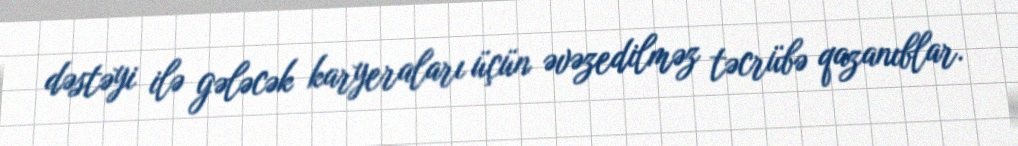
dəstəyi ilə gələcək karyeraları üçün əvəzedilməz təcrübə qazanıblar.